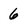
Character: 6